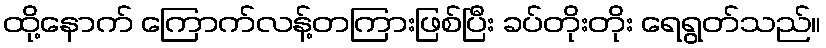
ထို့နောက် ကြောက်လန့်တကြားဖြစ်ပြီး ခပ်တိုးတိုး ရေရွတ်သည်။